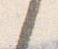
之